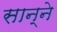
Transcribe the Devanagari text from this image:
सान्ने